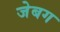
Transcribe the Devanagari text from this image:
जेबग